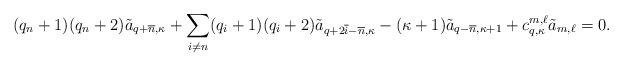
LaTeX: \begin{align*}(q_n +1) (q_n +2) \tilde a_{q+ \overline{n}, \kappa} + \sum_{i \neq n} (q_i + 1) (q_i + 2) \tilde a_{q+ 2 \overline{i} - \overline{n}, \kappa} - (\kappa+1) \tilde a_{q- \overline{n}, \kappa+1} + c^{m,\ell} _{q,\kappa} \tilde a_{m,\ell}= 0.\end{align*}